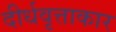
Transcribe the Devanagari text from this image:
दीर्धवृत्ताकार